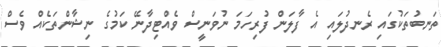
ތަނބުތަކުގައި ރެނދުލައި އެ ފާލަން ފުރިހަމަ ނުވަނީސް ވެއްޓިދާނޭ ކަމުގެ ނިޝާންތަކެއް ވެސް